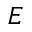
{ \cal E }